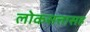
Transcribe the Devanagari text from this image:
लोकसत्तासह